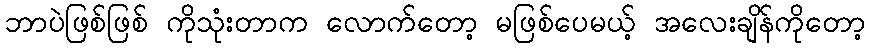
ဘာပဲဖြစ်ဖြစ် ကိုသုံးတာက လောက်တော့ မဖြစ်ပေမယ့် အလေးချိန်ကိုတော့